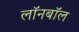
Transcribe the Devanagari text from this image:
लॉनबॉल